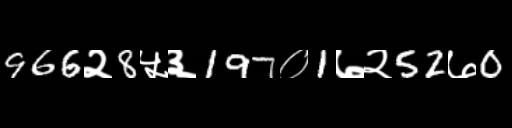
Text: 966२8५३197०1७२52७0